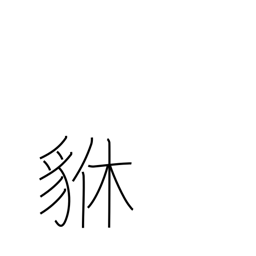
Meaning: brave heraldic beast